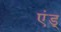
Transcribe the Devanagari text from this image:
एंड्